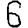
Digit: 6